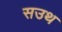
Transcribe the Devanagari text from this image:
सउथ